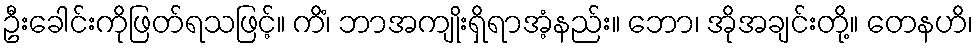
ဦးခေါင်းကိုဖြတ်ရသဖြင့်။ ကိံ၊ ဘာအကျိုးရှိရာအံ့နည်း။ ဘော၊ အိုအချင်းတို့။ တေနဟိ၊